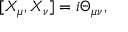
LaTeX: [ X _ { \mu } , X _ { \nu } ] = i \Theta _ { \mu \nu } ,